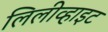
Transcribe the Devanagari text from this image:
लिलीव्हाइट